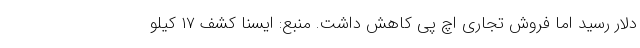
دلار رسید اما فروش تجاری اچ پی کاهش داشت. منبع: ایسنا کشف ۱۷ کیلو